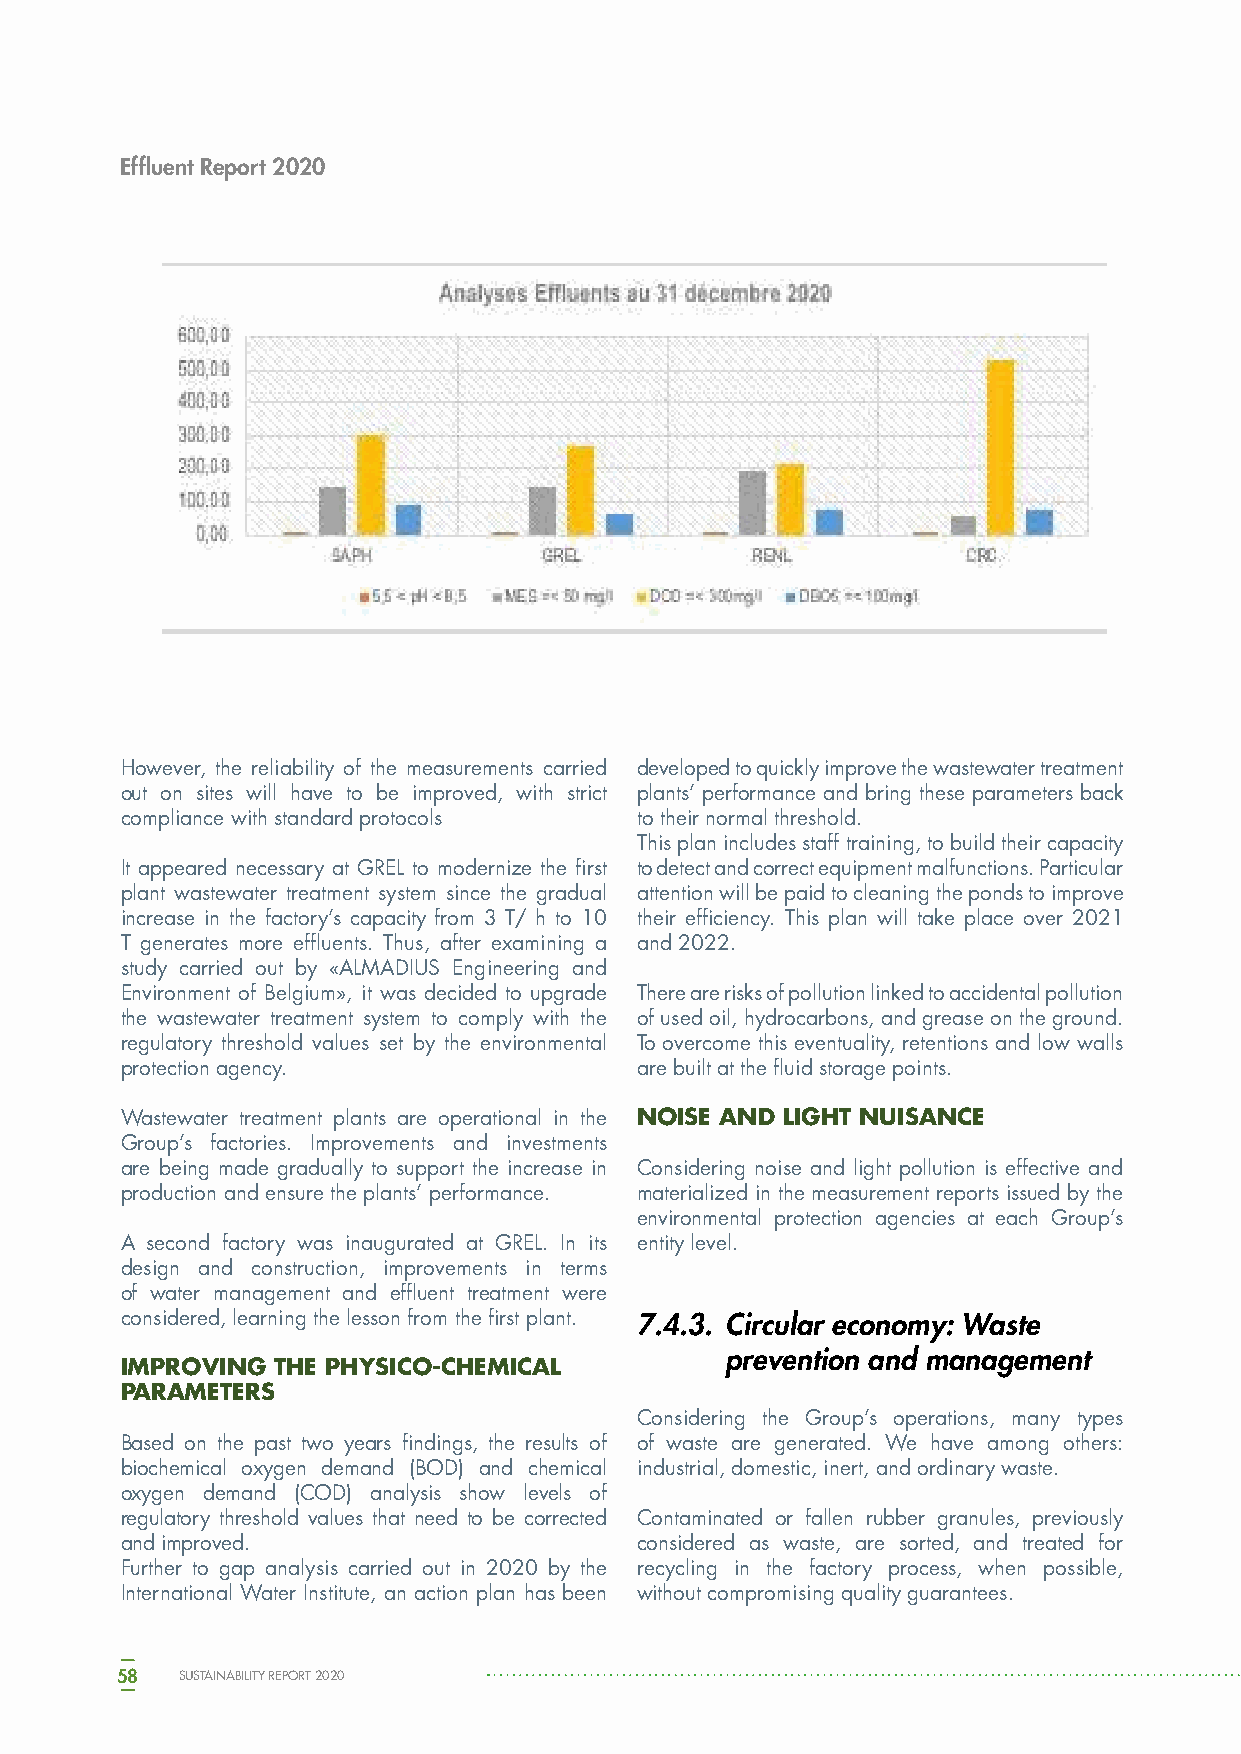
Effluent Report 2020
 However, the reliability of the measurements carried developed to quickly improve the wastewater treatment
 out on sites will have to be improved, with strict plants’ performance and bring these parameters back
 compliance with standard protocols to their normal threshold.
 This plan includes staff training, to build their capacity
 It appeared necessary at GREL to modernize the first to detect and correct equipment malfunctions. Particular
 plant wastewater treatment system since the gradual attention will be paid to cleaning the ponds to improve
 increase in the factory’s capacity from 3 T/ h to 10 their efficiency. This plan will take place over 2021
 T generates more effluents. Thus, after examining a and 2022.
 study carried out by «ALMADIUS Engineering and
 Environment of Belgium», it was decided to upgrade There are risks of pollution linked to accidental pollution
 the wastewater treatment system to comply with the of used oil, hydrocarbons, and grease on the ground.
 regulatory threshold values set by the environmental To overcome this eventuality, retentions and low walls
 protection agency.                are built at the fluid storage points.
 Wastewater treatment plants are operational in the NOISE AND LIGHT NUISANCE
 Group’s factories. Improvements and investments
 are being made gradually to support the increase in Considering noise and light pollution is effective and
 production and ensure the plants’ performance. materialized in the measurement reports issued by the
 environmental protection agencies at each Group’s
 A second factory was inaugurated at GREL. In its entity level.
 design and construction, improvements in terms
 of water management and effluent treatment were
 considered, learning the lesson from the first plant. 7.4.3. Circular economy: Waste
 prevention and management
 IMPROVING THE PHYSICO-CHEMICAL
 PARAMETERS
 Considering the Group’s operations, many types
 Based on the past two years findings, the results of of waste are generated. We have among others:
 biochemical oxygen demand (BOD) and chemical industrial, domestic, inert, and ordinary waste.
 oxygen demand (COD) analysis show levels of
 regulatory threshold values that need to be corrected Contaminated or fallen rubber granules, previously
 and improved.                     considered as waste, are sorted, and treated for
 Further to gap analysis carried out in 2020 by the recycling in the factory process, when possible,
 International Water Institute, an action plan has been without compromising quality guarantees.
 58  SUSTAINABILITY REPORT 2020